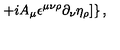
\left. + i A _ { \mu } \epsilon ^ { \mu \nu \rho } \partial _ { \nu } \eta _ { \rho } ] \right\} ,